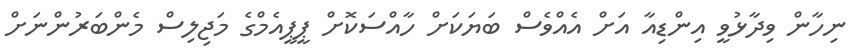
ނިހާން ވިދާޅުވީ އިންޑިއާ އަށް އެއްވެސް ބަޔަކަށް ހާއްސަކޮށް ޕީޕީއެމްގެ މަޖިލިސް މެންބަރުންނަށް